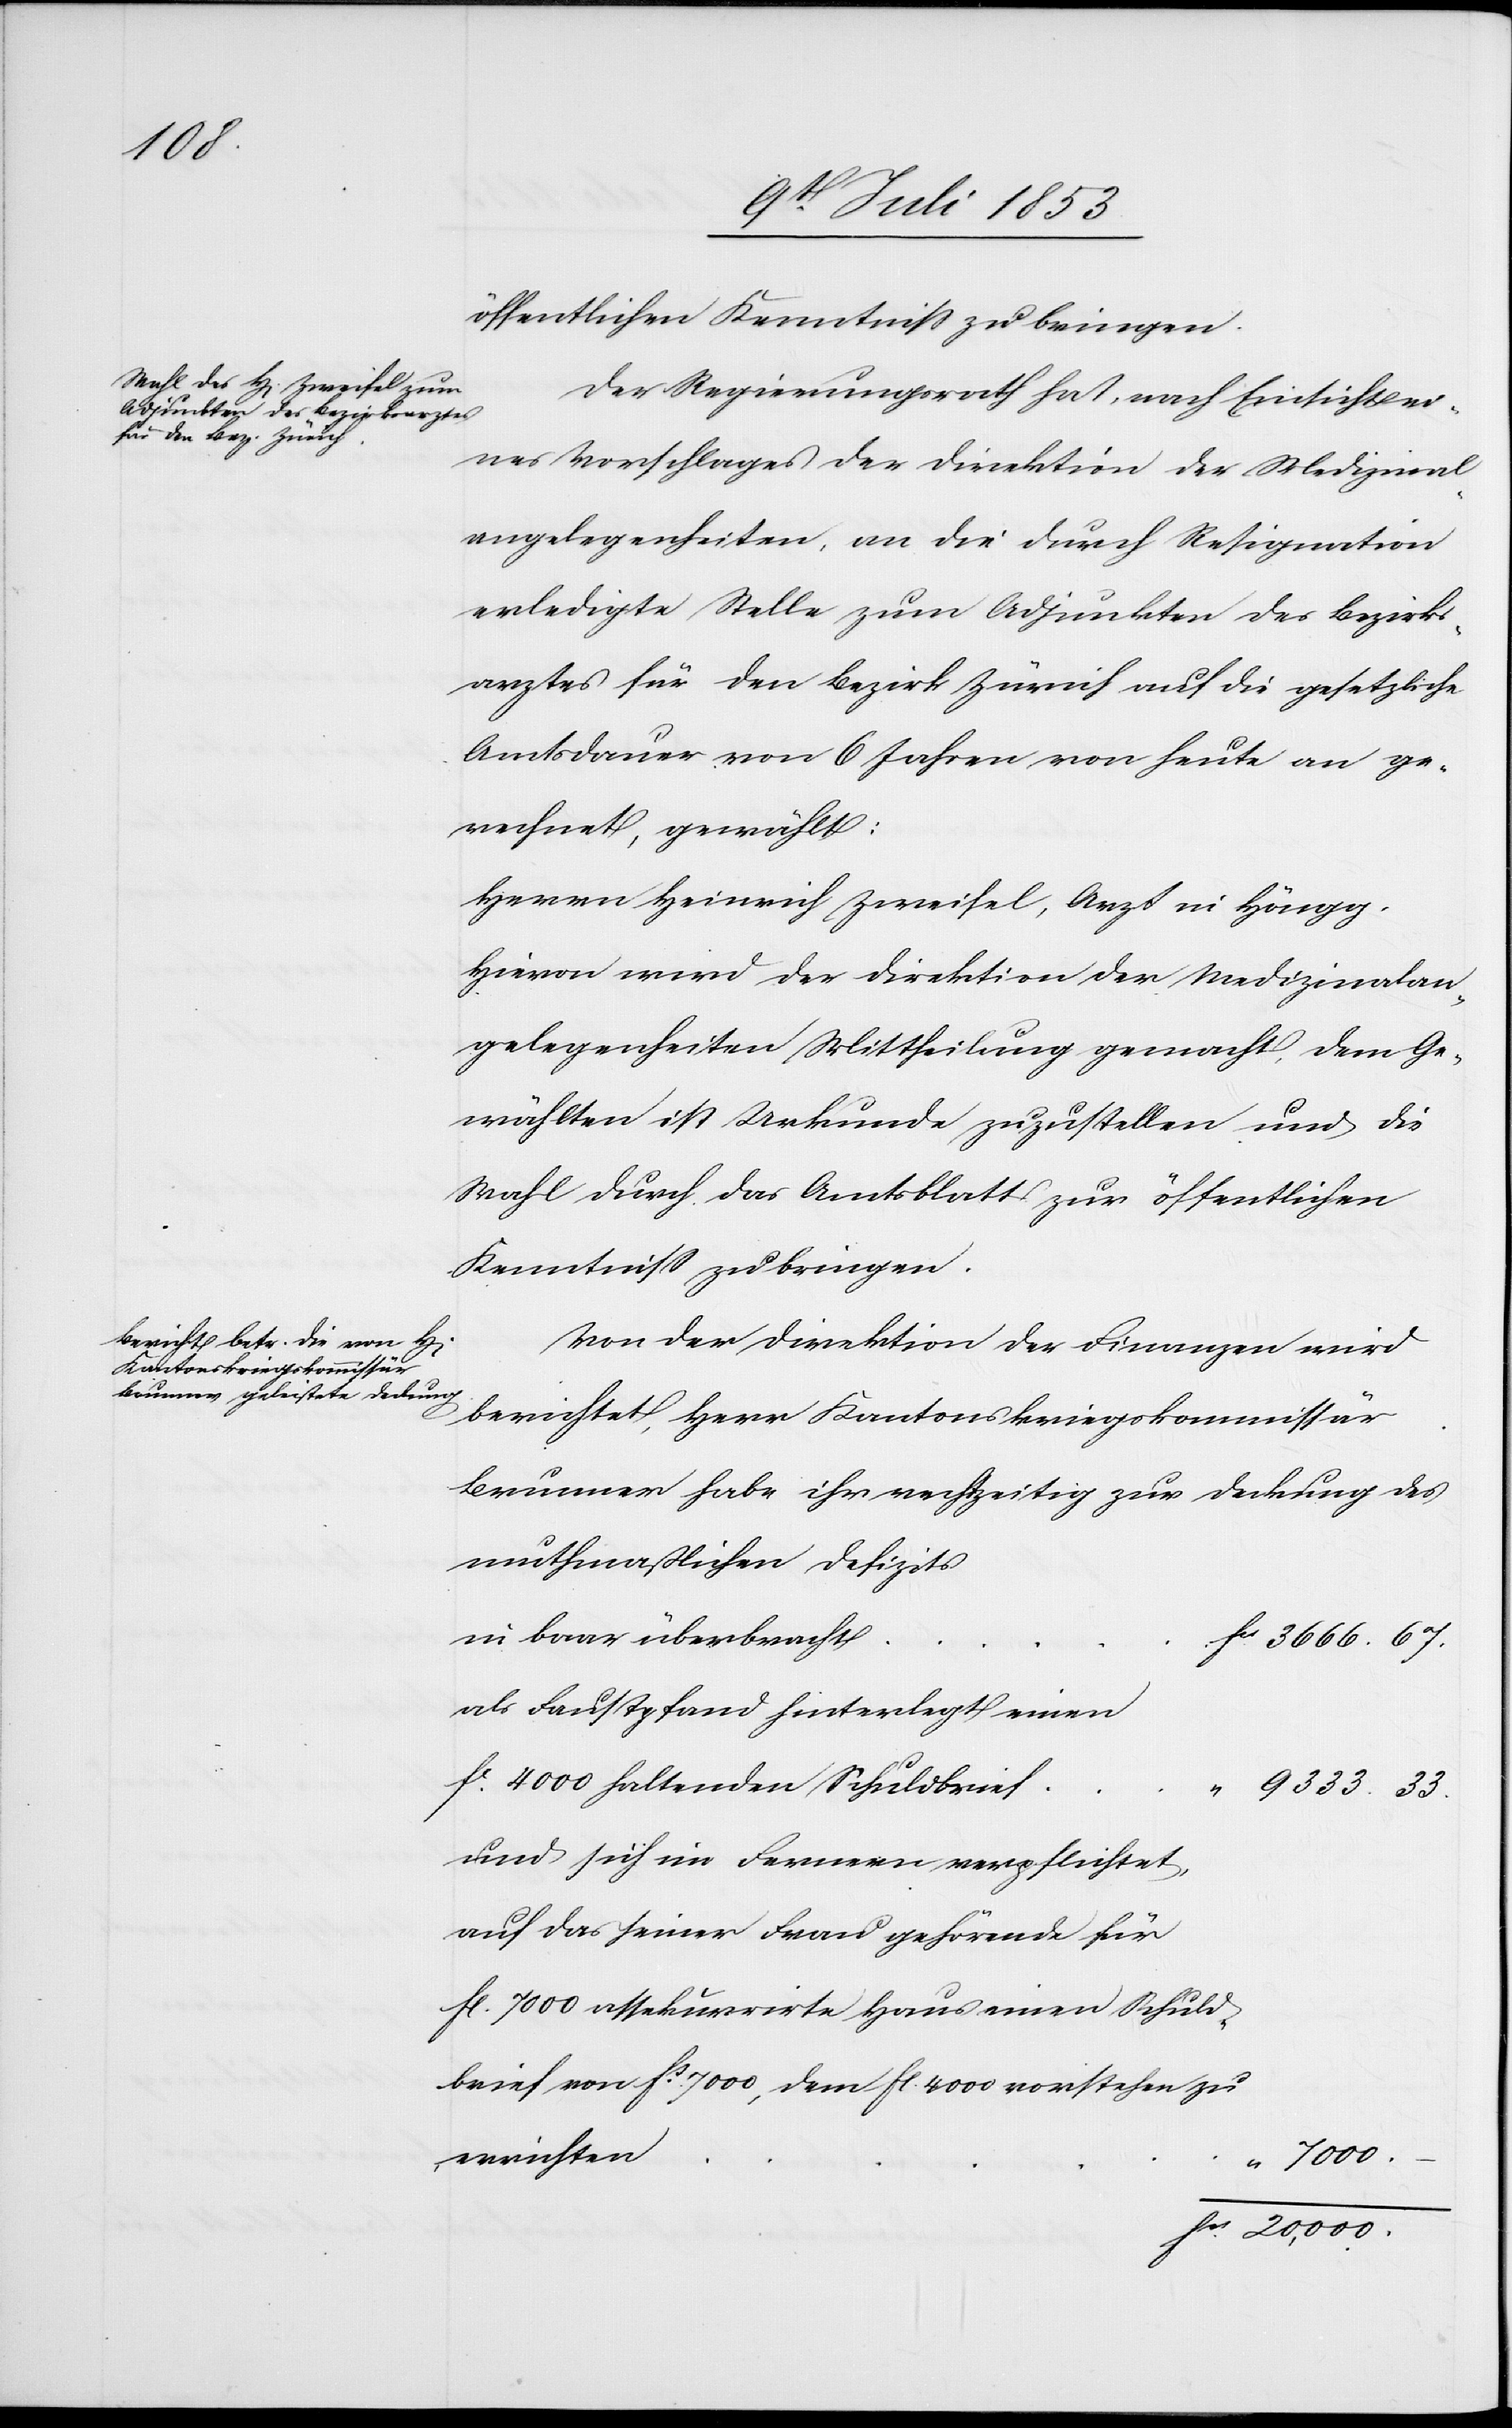
000.–

öffentlichen Kenntniß zu bringen.
Der Regierungsrath hat, nach Einsicht ei¬
nes Vorschlages der Direktion der Medizinal¬
angelegenheiten, an die durch Resignation
erledigte Stelle zum Adjunkten des Bezirks¬
arztes für den Bezirk Zürich auf die gesetzliche
Amtsdauer von 6 Jahren von heute an ge¬
rechnet, gewählt:
Herrn Heinrich Zweifel, Arzt in Höngg.
Hievon wird der Direktion der Medizinalan¬
gelenheiten Mittheilung gemacht, dem Ge¬
wählten ist Urkunde zuzustellen und die
Wahl durch das Amtsblatt zur öffentlichen
Kenntniß zu bringen.
Von der Direktion der Finanzen wird
berichtet, Herr Kantonskriegskommissär
Brunner habe ihr rechtzeitig zur Deckung des
muthmaßlichen Defizits
in baar überbrach¬
s. 3666.67
als Faustpfand hinterlegt einen
und sich im Fernern verpflichtet,
brief von fs 7000, dem fl. 4000 vorstehen
Schulds¬
20
zu